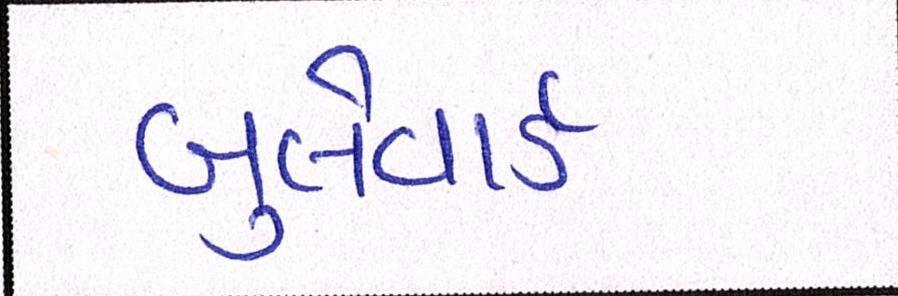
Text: બુલેવાર્ડ